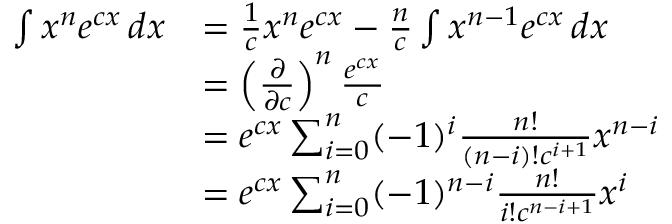
{ \begin{array} { r l } { \int x ^ { n } e ^ { c x } \, d x } & { = { \frac { 1 } { c } } x ^ { n } e ^ { c x } - { \frac { n } { c } } \int x ^ { n - 1 } e ^ { c x } \, d x } \\ & { = \left( { \frac { \partial } { \partial c } } \right) ^ { n } { \frac { e ^ { c x } } { c } } } \\ & { = e ^ { c x } \sum _ { i = 0 } ^ { n } ( - 1 ) ^ { i } { \frac { n ! } { ( n - i ) ! c ^ { i + 1 } } } x ^ { n - i } } \\ & { = e ^ { c x } \sum _ { i = 0 } ^ { n } ( - 1 ) ^ { n - i } { \frac { n ! } { i ! c ^ { n - i + 1 } } } x ^ { i } } \end{array} }